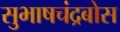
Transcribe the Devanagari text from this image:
सुभाषचंद्रबोस